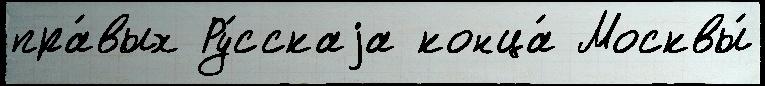
пра́вых Ру́сскаjа конца́ Москвы́